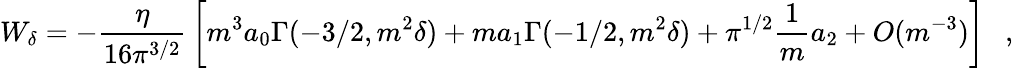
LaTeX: W_{\delta}=-{\frac{\eta}{16\pi^{3/2}}}\left[m^{3}a_{0}\Gamma(-3/2,m^{2}\delta)+ma_{1}\Gamma(-1/2,m^{2}\delta)+\pi^{1/2}{\frac{1}{m}}a_{2}+O(m^{-3})\right]~~~,